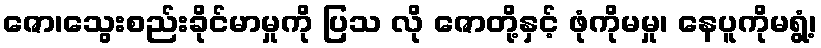
ဇော၊သွေးစည်းခိုင်မာမှုကို ပြသ လို ဇောတို့နှင့် ဖုံကိုမမှု၊ နေပူကိုမရွံ့၊